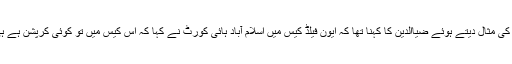
ماضی کی مثال دیتے ہوئے ضیاالدین کا کہنا تھا کہ ایون فیلڈ کیس میں اسلام آباد ہائی کورٹ نے کہا کہ اس کیس میں تو کوئی کرپشن ہے ہی نہیں۔